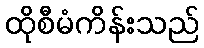
ထိုစီမံကိန်းသည်